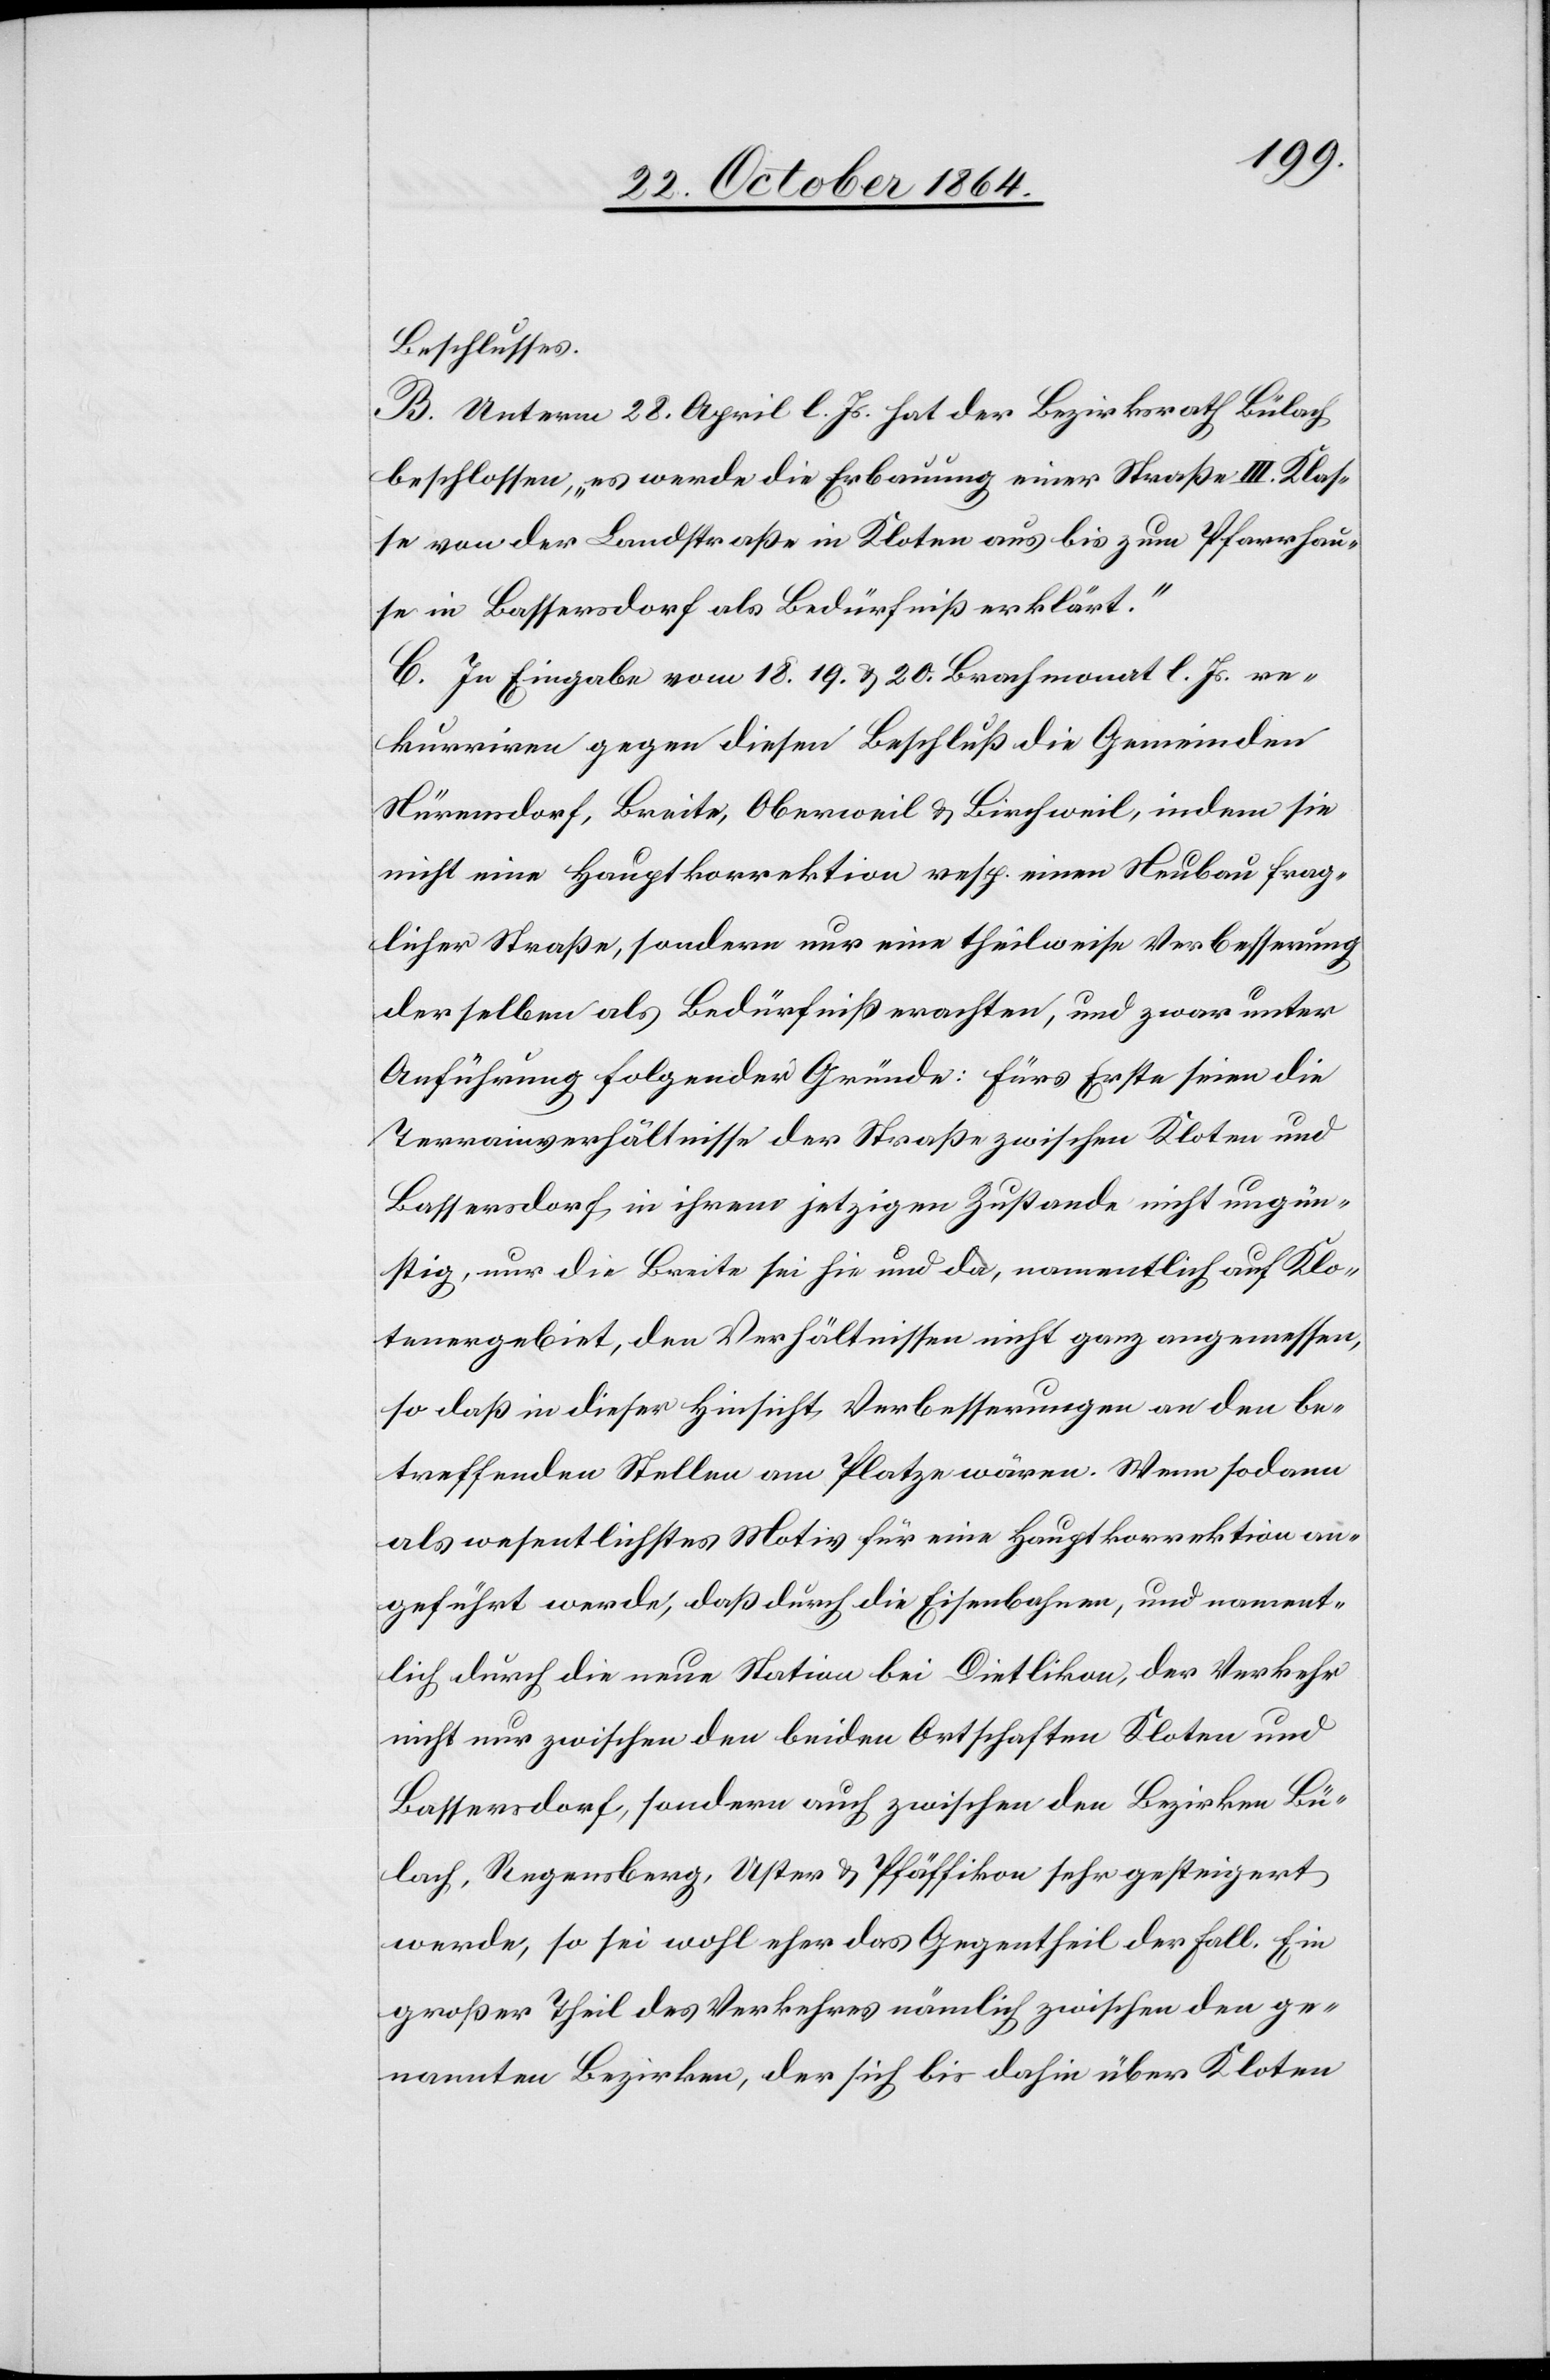
Beschlusses.
B. Unterm 28. April l. Js. hat der Bezirksrath Bülach
beschlossen, „es werde die Erbauung einer Straße III. Klas¬
se von der Landstraße in Kloten aus bis zum Pfarrhau¬
se in Bassersdorf als Bedürfniß erklärt.“
C. In Eingabe vom 18. 19. & 20. Brachmonat l. Js. re¬
kurriren gegen diesen Beschluß die Gemeinden
Nürensdorf, Breite, Oberweil & Birchweil, indem sie
nicht eine Hauptkorrektion resp. einen Neubau frag¬
licher Straße, sondern nur eine theilweise Verbesserung
derselben als Bedürfniß erachten, und zwar unter
Anführung folgender Gründe: Fürs Erste seien die
Terrainverhältnisse der Straße zwischen Kloten und
Bassersdorf in ihrem jetzigen Zustande nicht ungün¬
stig, nur die Breite sei hie und da, namentlich auf Klo¬
tenergebiet, den Verhältnissen nicht ganz angemessen,
so daß in dieser Hinsicht Verbesserungen an den be¬
treffenden Stellen am Platze wären. Wenn sodann
als wesentliches Motiv für eine Hauptkorrektion an¬
geführt werde, daß durch die Eisenbahn, und nament¬
lich durch die neue Station bei Dietlikon, der Verkehr
nicht nur zwischen den beiden Ortschaften Kloten und
Bassersdorf, sondern auch zwischen den Bezirken Bü¬
lach, Regensberg, Uster & Pfäffikon sehr gesteigert
werde, so sei wohl eher das Gegentheil der Fall. Ein
großer Theil des Verkehres nämlich zwischen den ge¬
nannten Bezirken, der sich bis dahin über Kloten